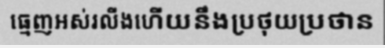
ធ្មេញអស់រលីងហើយនឹងប្រថុយប្រថាន